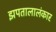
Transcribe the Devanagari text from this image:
झपतालालंकार